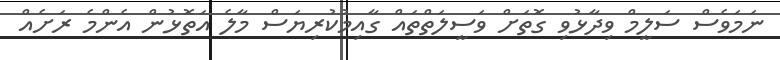
ނަމަވެސް ސަލީމް ވިދާޅުވި ގޮތަށް ވަސީލަތްތައް ގާއިމުކުރިޔަސް މާލެ އަތޮޅުން އެންމެ ރަށެއް